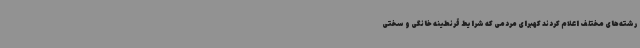
رشته‌های مختلف اعلام کردند کهبرای مردمی که شرایط قرنطینه خانگی و سختی